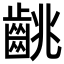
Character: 𪘈